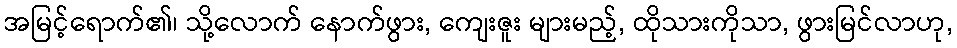
အမြင့်ရောက်၏၊ သို့လောက် နောက်ဖွား, ကျေးဇူး များမည့်, ထိုသားကိုသာ, ဖွားမြင်လာဟု,